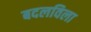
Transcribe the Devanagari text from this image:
बदलविला